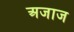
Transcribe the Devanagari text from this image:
अजाज